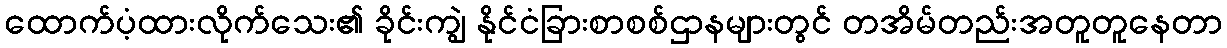
ထောက်ပံ့ထားလိုက်သေး၏ ခိုင်းကျွဲ နိုင်ငံခြားစာစစ်ဌာနများတွင် တအိမ်တည်းအတူတူနေတာ